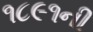
૧૮૯૧ની